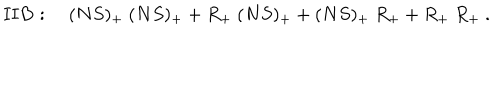
{ \bf I I B } : \quad ( N S ) _ { + } \ ( N S ) _ { + } + R _ { + } \ ( N S ) _ { + } + ( N S ) _ { + } \ R _ { + } + R _ { + } \ R _ { + } \ .